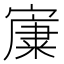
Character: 𡪼